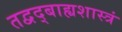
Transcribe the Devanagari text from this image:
तद्वद्बाह्यशास्त्रं